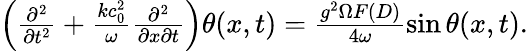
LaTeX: \begin{array}{r}{\left(\frac{\partial^{2}}{\partial t^{2}}+\frac{kc_{0}^{2}}{\omega}\frac{\partial^{2}}{\partial x\partial t}\right)\theta(x,t)=\frac{g^{2}\Omega F(D)}{4\omega}\sin\theta(x,t).}\end{array}